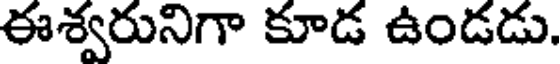
ఈశ్వరునిగా కూడ ఉండడు.